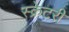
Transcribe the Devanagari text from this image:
स्क्रेटरी